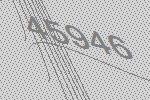
45946